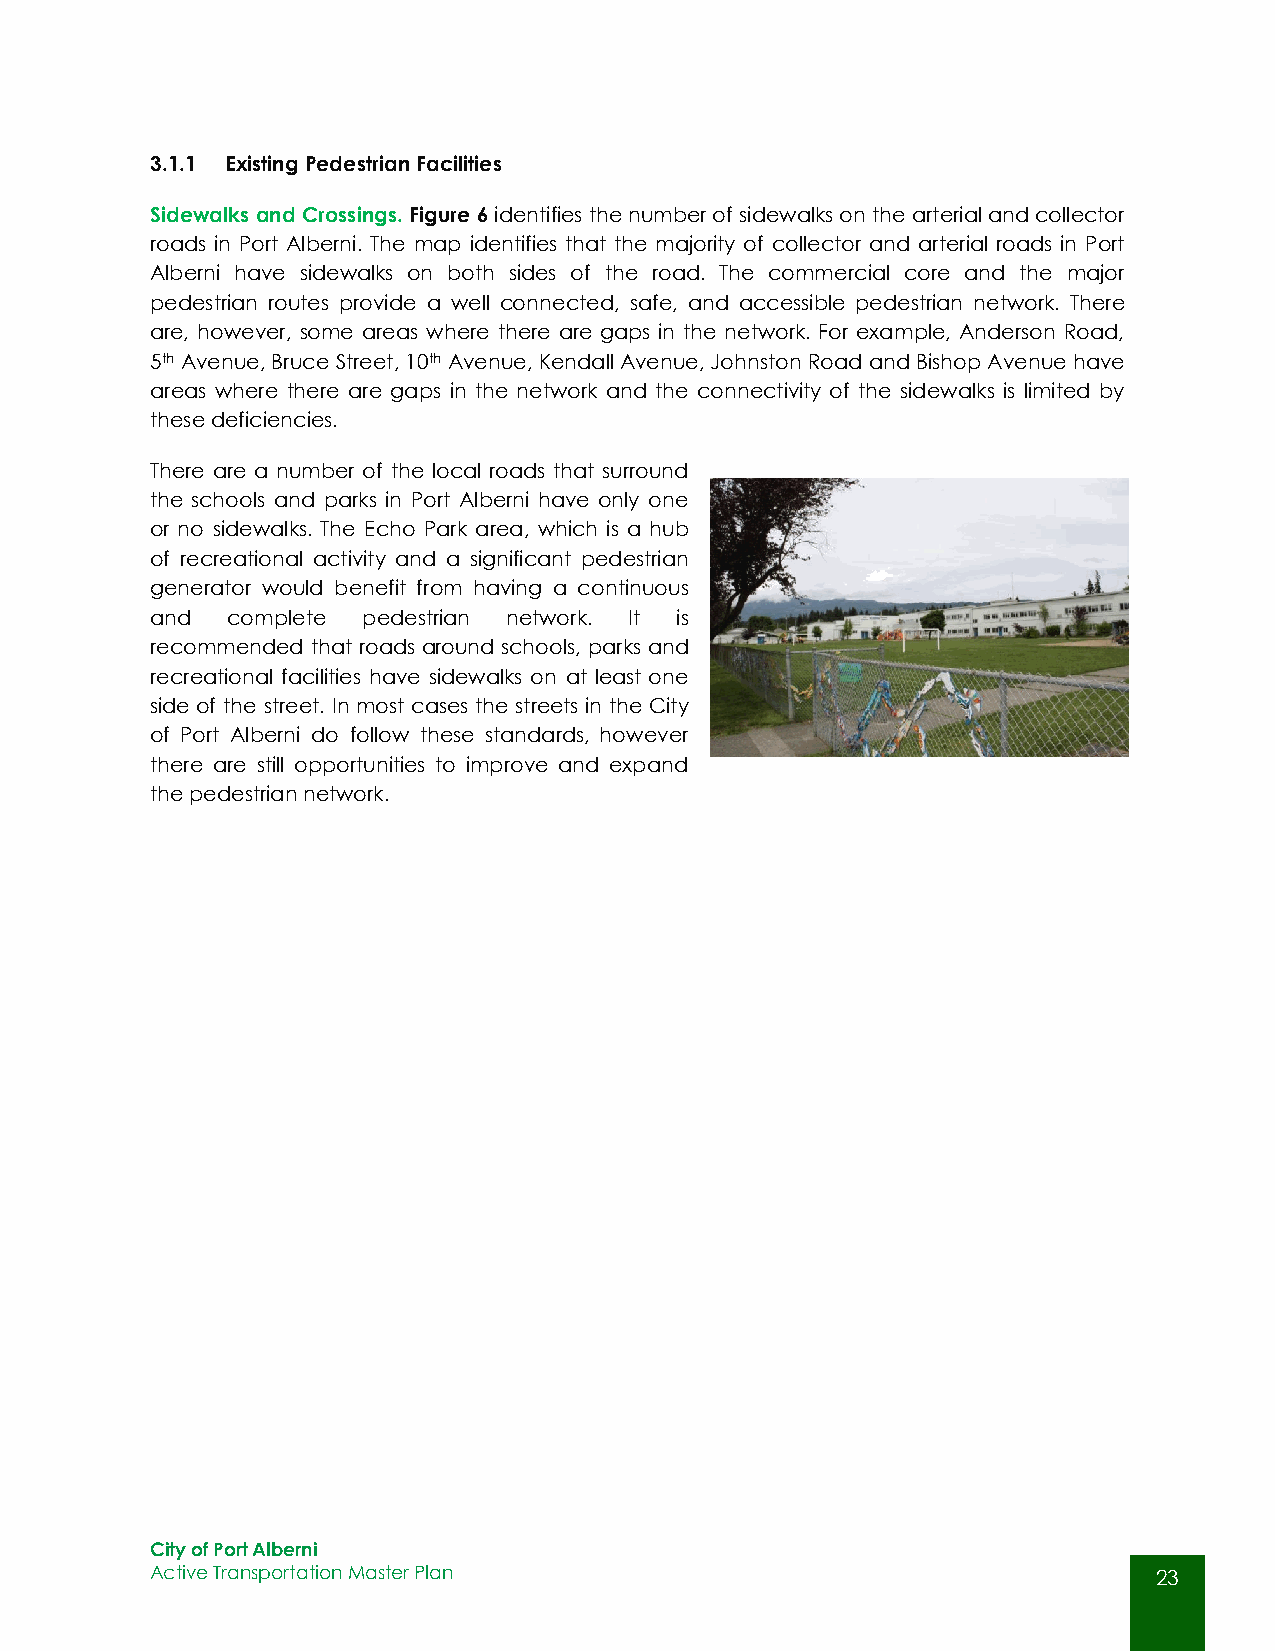
3.1.1 Existing Pedestrian Facilities
 Sidewalks and Crossings. Figure 6 identifies the number of sidewalks on the arterial and collector
 roads in Port Alberni. The map identifies that the majority of collector and arterial roads in Port
 Alberni have sidewalks on both sides of the road. The commercial core and the major
 pedestrian routes provide a well connected, safe, and accessible pedestrian network. There
 are, however, some areas where there are gaps in the network. For example, Anderson Road,
 5th Avenue, Bruce Street, 10th Avenue, Kendall Avenue, Johnston Road and Bishop Avenue have
 areas where there are gaps in the network and the connectivity of the sidewalks is limited by
 these deficiencies.
 There are a number of the local roads that surround
 the schools and parks in Port Alberni have only one
 or no sidewalks. The Echo Park area, which is a hub
 of recreational activity and a significant pedestrian
 generator would benefit from having a continuous
 and  complete pedestrian network. It is
 recommended that roads around schools, parks and
 recreational facilities have sidewalks on at least one
 side of the street. In most cases the streets in the City
 of Port Alberni do follow these standards, however
 there are still opportunities to improve and expand
 the pedestrian network.
 City of Port Alberni
 Active Transportation Master Plan                                  23
 23